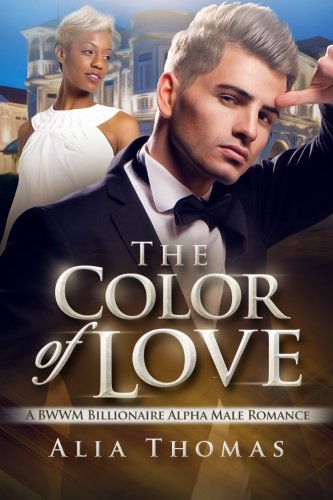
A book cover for The Color Of Love: A BWWM Billionaire Alpha Male Romance; Alia Thomas; Romance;